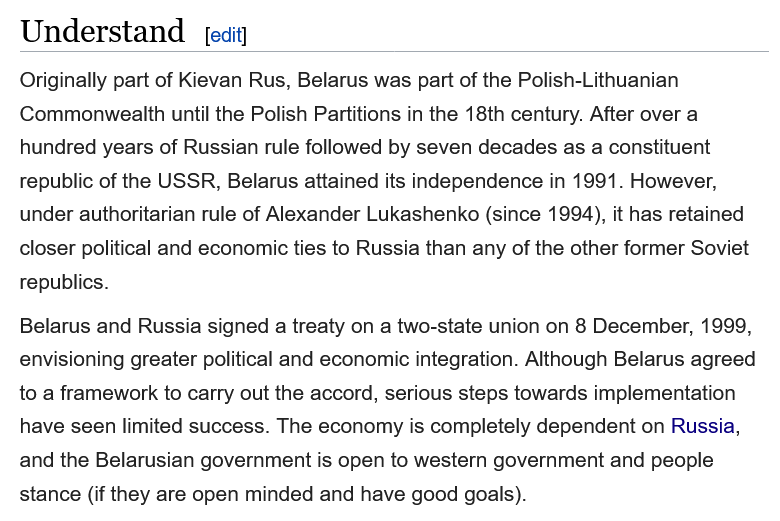
Understand
  Originally part of Kievan Rus, Belarus was part of the Polish-Lithuanian
  Commonwealth   until the Polish Partitions in the 18th century. After over a
   hundred years of Russian rule followed by seven decades as a constituent
   republic of the USSR, Belarus attained its independence in 1991. However,
   under authoritarian rule of Alexander Lukashenko (since 1994), it has retained
  closer political and economic ties to Russia than any of the other former Soviet
   republics.
   Belarus and Russia signed a treaty on a two-state union on 8 December, 1999,
  envisioning greater political and economic integration. Although Belarus agreed
  to a framework to carry out the accord, serious steps towards implementation
   have seen limited success. The economy is completely dependent on Russia,
  and the Belarusian government is open to western government and people
  stance (if they are open minded and have good goals).